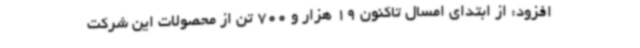
افزود: از ابتدای امسال تاکنون 19 هزار و 700 تن از محصولات این شرکت